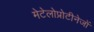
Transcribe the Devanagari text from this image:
मेटेलोप्रोटीनेजों